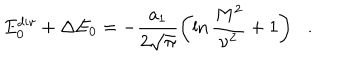
E _ { 0 } ^ { \mathrm { d i v } } + \Delta E _ { 0 } = - \frac { a _ { 1 } } { 2 \sqrt { \pi } } \left( \ln \frac { M ^ { 2 } } { \nu ^ { 2 } } + 1 \right) \, \ \ .